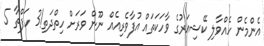
އެންމެން ހެއްވާލި ކޭޝިއަރުގެ ވާހަކަތައް އުފާވެރިއެއް ނޫން ވަރަށް ހިތްދަތި!3 ހަފްތާ 5